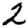
Digit: 2